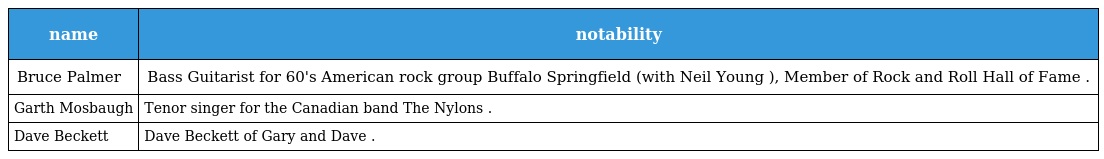
| name | notability |
 | --- | --- |
 | Bruce Palmer | Bass Guitarist for 60's American rock group Buffalo Springfield (with Neil Young ), Member of Rock and Roll Hall of Fame . |
 | Garth Mosbaugh | Tenor singer for the Canadian band The Nylons . |
 | Dave Beckett | Dave Beckett of Gary and Dave . |